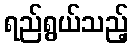
ရည်ရွယ်သည့်